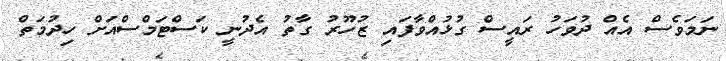
ނަމަވެސް އެއް ދުވަހު ރައީސް ގުޅުއްވާފައި ޒުހޫރު ގާތު އެދުނީ ކަސްޓަމްސްއަށް ހިދުމަތް